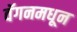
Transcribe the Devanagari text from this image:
वॅगनमधून